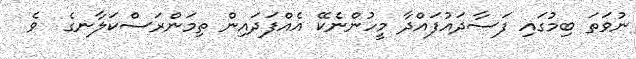
ނުވަތަ ބިމުގައި ފަސާދައުފައްދާ މީހުންނެކޭ އެއްފަދައިން ތިމަންރަސްކަލާނގެ  ވެ